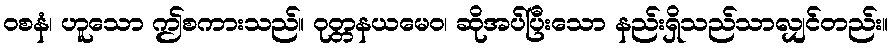
ဝစနံ၊ ဟူသော ဤစကားသည်။ ဝုတ္တနယမေဝ၊ ဆိုအပ်ပြီးသော နည်းရှိသည်သာလျှင်တည်း။